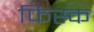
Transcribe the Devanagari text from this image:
फिस्‍क